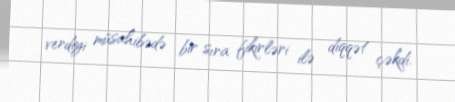
verdiyi müsahibədə bir sıra fikirləri ilə diqqət çəkdi.